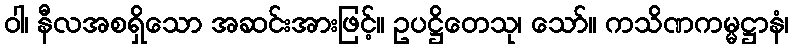
ဝါ၊ နီလအစရှိသော အဆင်းအားဖြင့်။ ဥပဋ္ဌိတေသု၊ သော်။ ကသိဏကမ္မဋ္ဌာနံ၊